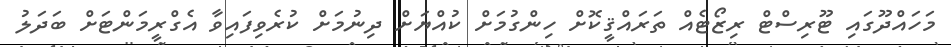
މަހައްދޫގައި ޓޫރިސްޓް ރިޒޯޓެއް ތަރައްޤީކޮށް ހިންގުމަށް ކުއްޔަށް ދިނުމަށް ކުރެވިފައިވާ އެގްރީމަންޓަށް ބަދަލު